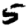
Digit: 5